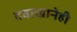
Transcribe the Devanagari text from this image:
दवाखानेही